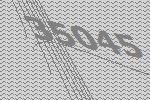
35045